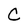
Character: C